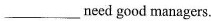
___ need good managers.